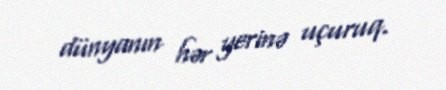
dünyanın hər yerinə uçuruq.